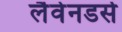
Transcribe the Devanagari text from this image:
लैवेनडर्स